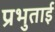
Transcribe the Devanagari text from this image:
प्रभुताई